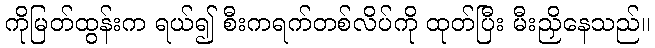
ကိုမြတ်ထွန်းက ရယ်၍ စီးကရက်တစ်လိပ်ကို ထုတ်ပြီး မီးညှိနေသည်။